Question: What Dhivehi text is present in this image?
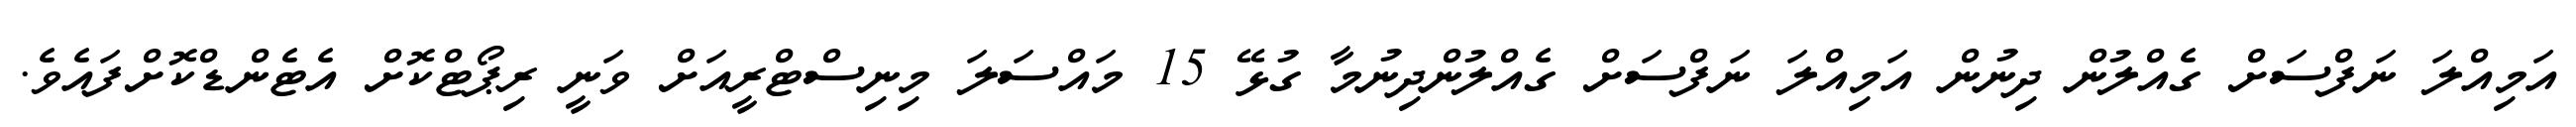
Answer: އަމިއްލަ ނަފްސަށް ގެއްލުން ދިނުން އަމިއްލަ ނަފްސަށް ގެއްލުންދިނުމާ ގުޅޭ 15 މައްސަލަ މިނިސްޓްރީއަށް ވަނީ ރިޕޯޓްކޮށް އެޓެންޑްކޮށްފައެވެ.